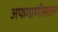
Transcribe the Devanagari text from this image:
अफगाणीस्तान